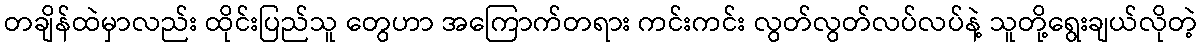
တချိန်ထဲမှာလည်း ထိုင်းပြည်သူ တွေဟာ အကြောက်တရား ကင်းကင်း လွတ်လွတ်လပ်လပ်နဲ့ သူတို့ရွေးချယ်လိုတဲ့